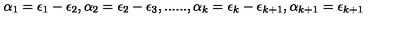
\alpha _ { 1 } = \epsilon _ { 1 } - \epsilon _ { 2 } , \alpha _ { 2 } = \epsilon _ { 2 } - \epsilon _ { 3 } , . . . . . . , \alpha _ { k } = \epsilon _ { k } - \epsilon _ { k + 1 } , \alpha _ { k + 1 } = \epsilon _ { k + 1 }